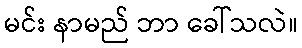
မင်း နာမည် ဘာ ခေါ်သလဲ။